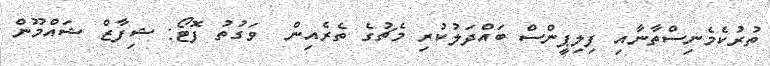
ތުރުކެމެނިސްތާނާއި ފިލިޕީންސް ބައްދަލުކުރި މެޗުގެ ތެރެއިން  ވަގުތު ފޮޓޯ: ޝިފާޒް ޝައްމޫން